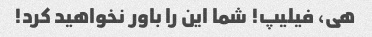
هی، فیلیپ! شما این را باور نخواهید کرد!